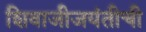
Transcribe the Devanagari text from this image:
शिवाजीजयंतीची